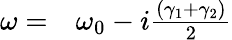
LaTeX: \begin{array}{rl}{\omega=}&{{}\omega_{0}-\textit{i}\frac{(\gamma_{1}+\gamma_{2})}{2}}\end{array}